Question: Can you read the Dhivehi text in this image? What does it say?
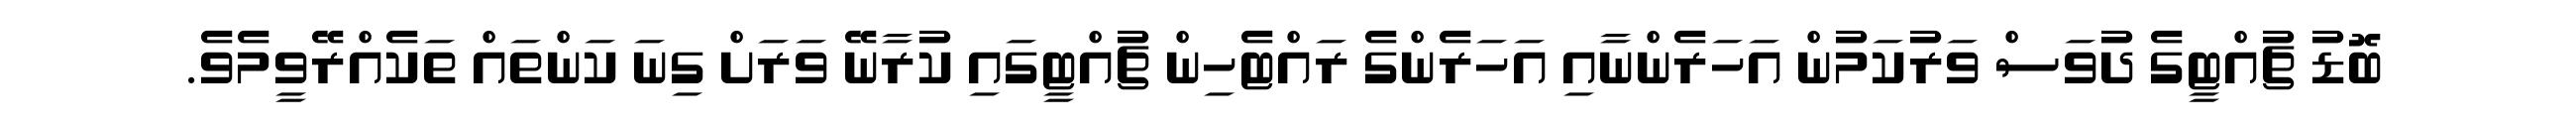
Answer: ބޮޑު ޗުއްޓީގެ ދުވަސް ވަރުކަމުން އަހަރެންނާއި އަހަރެންގެ ރައްޓެހިން ޗުއްޓީގައި ކުރާނޭ ވަރަށް ގިނަ ކަންތައް ތަކެއްރޭވީމެވެ.